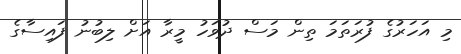
މި އަހަރުގެ ފުރަތަމަ ތިން މަސް ދުވަހު މީރާ އަށް ލިބުނު ފައިސާގެ